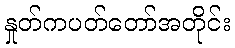
နှုတ်ကပတ်တော်အတိုင်း